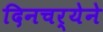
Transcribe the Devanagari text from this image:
दिनचर्येने